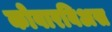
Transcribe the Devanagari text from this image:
कोवारबिअस